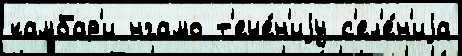
камбар'и нгамо т'ече́н'иjу с'ел'е́н'иjа